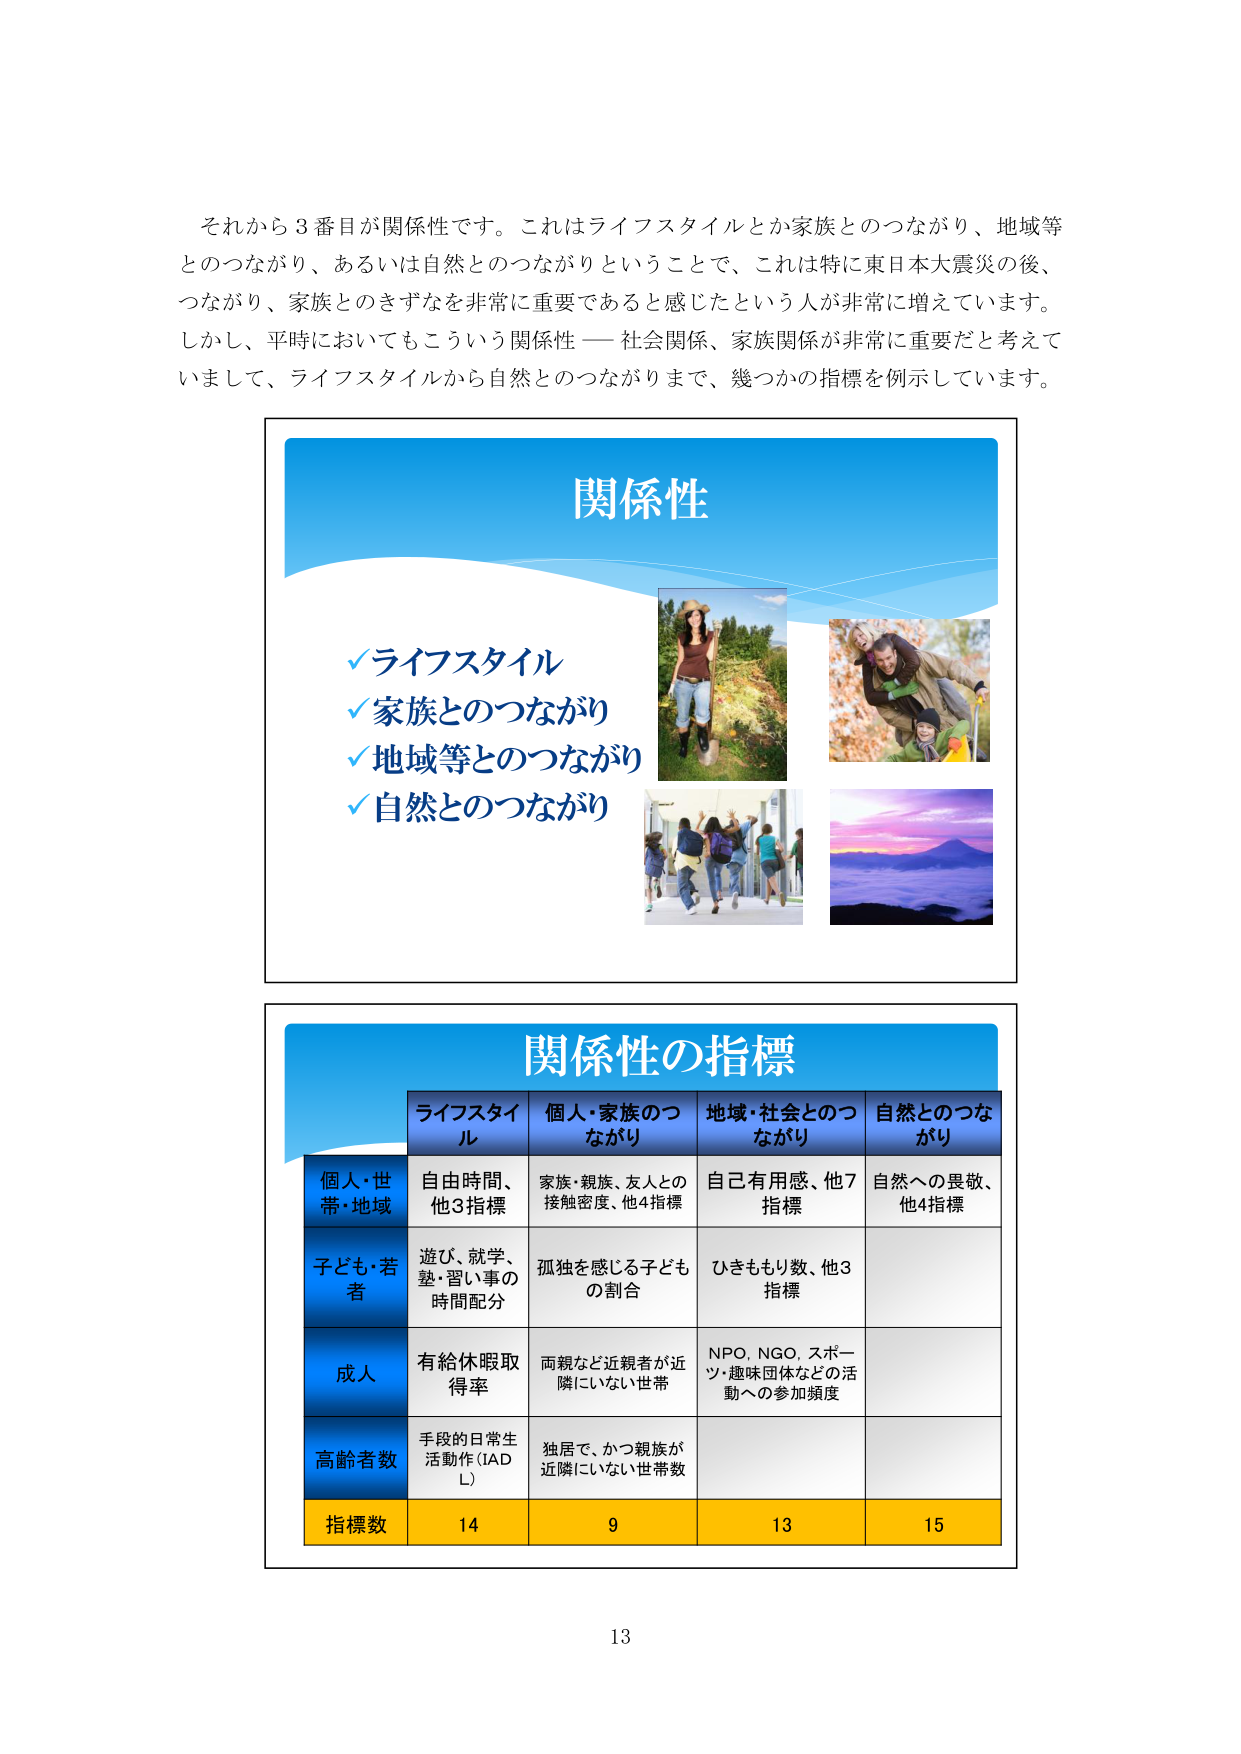
それから３番目が関係性です。これはライフスタイルとか家族とのつながり、地域等とのつながり、あるいは自然とのつながりということで、これは特に東日本大震災の後、つながり、家族とのきずなを非常に重要であると感じたという人が非常に増えています。しかし、平時においてもこういう関係性 ―― 社会関係、家族関係が非常に重要だと考えていまして、ライフスタイルから自然とのつながりまで、幾つかの指標を例示しています。

関係性
✓ライフスタイル
✓家族とのつながり
✓地域等とのつながり
✓自然とのつながり

関係性の指標
ライフスタイル　個人・家族のつながり　地域・社会とのつながり　自然とのつながり
個人・世帯・地域　自由時間、他3指標　家族・親族、友人との接触密度、他4指標　自己有用感、他7指標　自然への畏敬、他4指標
子ども・若者　遊び、就学、塾・習い事の時間配分　孤独を感じる子ども の割合　ひきももり数、他3指標
成人　有給休暇取得率　両親など近親者が近隣にいない世帯　NPO, NGO, スポーツ・趣味団体などの活動への参加頻度
高齢者数　手段的日常生活動作（IADL）　独居で、かつ親族が近隣にいない世帯数
指標数　14　9　13　15

13